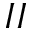
I I